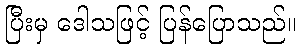
ပြီးမှ ဒေါသဖြင့် ပြန်ပြောသည်။